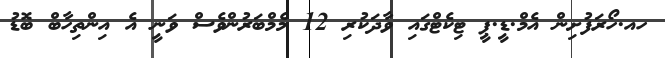
ހއ.ހޯރަފުށިން އެމް.ޑީ.ޕީ ޓިކެެޓްގައި ވާދަކުރި 12 މެމްބަރުންވެސް ވަނީ އެ އިންތިހާބް ބޮޑު